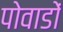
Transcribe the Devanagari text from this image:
पोवाडों